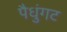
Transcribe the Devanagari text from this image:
पैधुंगट